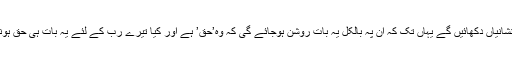
عنقریب ان کو ہم آفاق اور ان کے اپنے نفوس میں اپنی نشانیاں دکھائیں گے یہاں تک کہ ان پہ بالکل یہ بات روشن ہوجائے گی کہ وہ’حق’ ہے اور کیا تیرے رب کے لئے یہ بات ہی حق ہونے کے لئے کافی نہیں کہ وہ ہر ایک شئے پہ گواہ ہے۔